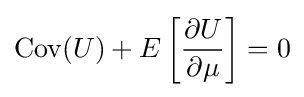
\operatorname {Cov} (U)+E\left[{\frac {\partial U}{\partial \mu }}\right]=0